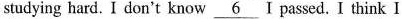
studying hard. I don't know \underline{6} I passed. I think I